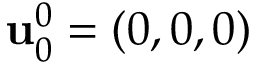
\mathbf { u } _ { 0 } ^ { 0 } = ( 0 , 0 , 0 )